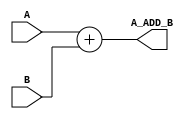
`timescale 1ns / 1ps
//////////////////////////////////////////////////////////////////////////////////
// Company: 
// Engineer: 
// 
// Design Name: 
// Module Name:    SI_ADD_Nbit 
// Project Name: 
// Target Devices: 
// Tool versions: 
// Description: 
//
// Dependencies: 
//
// Revision: 
// Revision 0.01 - File Created
// Additional Comments: 
//
//////////////////////////////////////////////////////////////////////////////////
module SI_ADD
#(parameter N = 8)
(
	input [N-1 : 0] A,
	input [N-1 : 0] B,
	output reg [N-1 : 0] A_ADD_B
);

always @(*)
	A_ADD_B = A + B;


endmodule